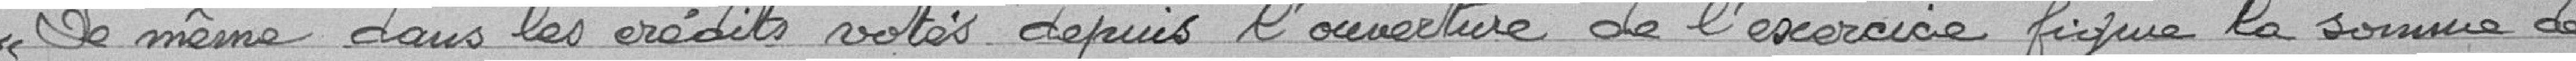
De même dans les crédits votés depuis l'ouverture de l'exercice figure la somme de